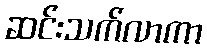
ဆင်းသက်လာကာ